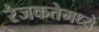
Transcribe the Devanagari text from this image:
रंजकतेमध्ये